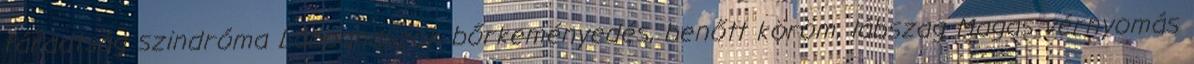
fáradtság szindróma Lábpanaszok bőrkeményedés, benőtt köröm, lábszag Magas vérnyomás